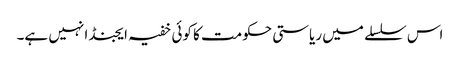
اس سلسلے میں ریاستی حکومت کا کوئی خفیہ ایجنڈا نہیں ہے۔